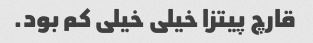
قارچ پیتزا خیلی خیلی کم بود.